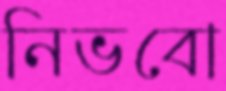
নিভবো